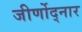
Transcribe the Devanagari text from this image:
जीर्णोद्नार